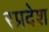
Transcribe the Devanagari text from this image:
रप्रदेश